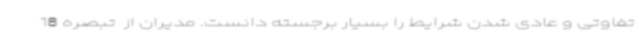
تفاوتی و عادی شدن شرایط را بسیار برجسته دانست. مدیران از  تبصره 18